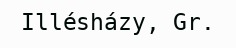
Illésházy, Gr.